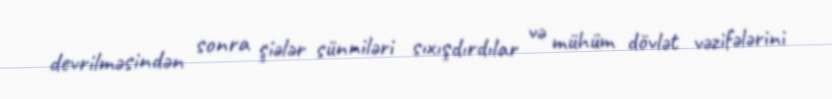
devrilməsindən sonra şiələr sünniləri sıxışdırdılar və mühüm dövlət vəzifələrini